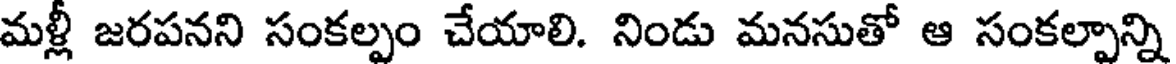
మళ్లీ జరపనని సంకల్పం చేయాలి. నిండు మనసుతో ఆ సంకల్పాన్ని